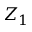
Z _ { 1 }